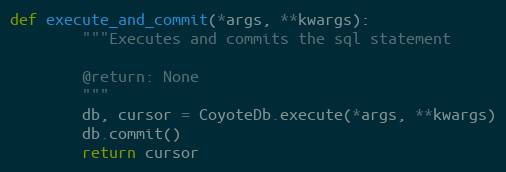
Language: Python
def execute_and_commit(*args, **kwargs):
        """Executes and commits the sql statement

        @return: None
        """
        db, cursor = CoyoteDb.execute(*args, **kwargs)
        db.commit()
        return cursor